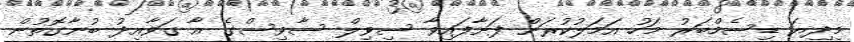
މިދިޔަ ޑިސެމްބަރު މަހު އަމަލުކުރަން ފަށާފައިވާ ސިވިލް ސާވިސްގެ އާ ގަވާއިދު ބުނާގޮތުން